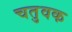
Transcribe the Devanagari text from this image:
चतुवक